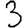
Digit: 3